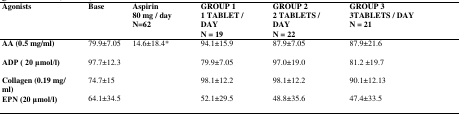
<table><thead><tr><td><b>Agonists</b></td><td><b>Base</b></td><td><b>Aspirin 80 mg / day N=62</b></td><td><b>GROUP 11 TABLET / DAYN = 19</b></td><td><b>GROUP 2 2 TABLETS / DAY N = 22 </b></td><td><b>GROUP 33TABLETS / DAY N = 21</b></td></tr></thead><tbody><tr><td><b>AA (0.5 mg/ml)</b></td><td>79.9±7.05</td><td>14.6±18.4*</td><td>94.1±15.9 </td><td>87.9±7.05</td><td>87.9±21.6</td></tr><tr><td><b>ADP ( 20 μmol/l)</b></td><td>97.7±12.3</td><td></td><td>79.9±7.05</td><td>97.0±19.0 </td><td>81.2 ±19.7</td></tr><tr><td><b>Collagen (0.19 mg/ ml)</b></td><td>74.7±15</td><td></td><td>98.1±12.2 </td><td>98.1±12.2 </td><td>90.1±12.13</td></tr><tr><td><b>EPN (20 μmol/l)</b></td><td>64.1±34.5</td><td></td><td>52.1±29.5 </td><td>48.8±35.6 </td><td>47.4±33.5</td></tr></tbody></table>